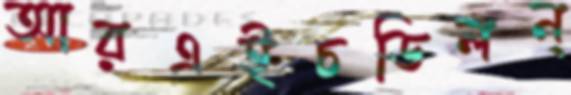
আরএইচডিলন্